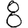
Digit: 8